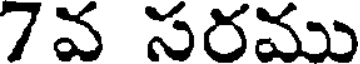
7వ సరము